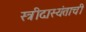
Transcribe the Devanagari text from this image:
स्त्रीदास्यंताची